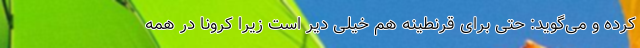
کرده و می‌گوید: حتی برای قرنطینه هم خیلی دیر است زیرا کرونا در همه